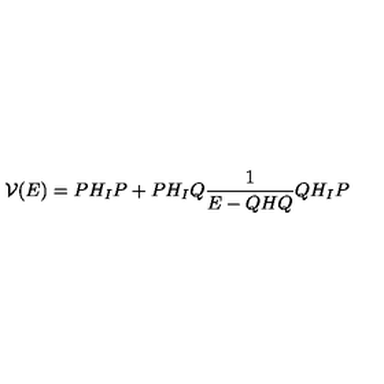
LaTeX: { \cal V } ( E ) = P H _ { I } P + P H _ { I } Q \frac { 1 } { E - Q H Q } Q H _ { I } P